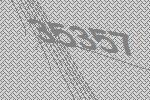
35357